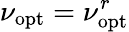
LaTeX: \nu_{\mathrm{opt}}=\nu_{\mathrm{opt}}^{r}